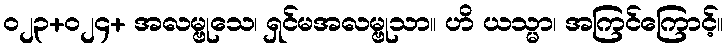
၀၂၃+၀၂၄+ အလမ္ဗုသေ၊ ရှင်မအလမ္ဗုသာ။ ဟိ ယသ္မာ၊ အကြင်ကြောင့်။